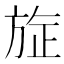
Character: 㫌